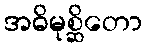
အဓိမုစ္ဆိတော